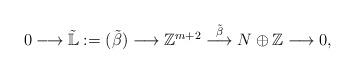
LaTeX: \begin{align*}0 \longrightarrow \tilde{\mathbb{L}}:=(\tilde{\beta}) \longrightarrow \mathbb{Z}^{m+2} \stackrel{\tilde{\beta}}{\longrightarrow} N\oplus \mathbb Z\longrightarrow 0,\end{align*}